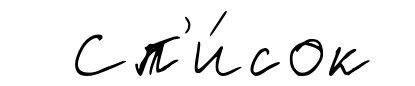
Сп'и́сок